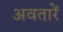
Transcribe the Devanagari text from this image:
अवतारें